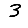
Digit: 3